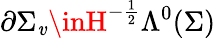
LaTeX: \partial\Sigma_{\mathit{v}}\inH^{-\frac{{1}}{{2}}}\Lambda^{0}(\Sigma)